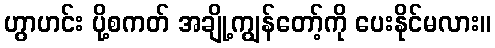
ဟွာဟင်း ပို့စကတ် အချို့ကျွန်တော့်ကို ပေးနိုင်မလား။